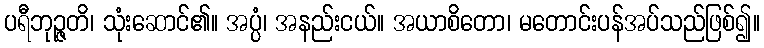
ပရီဘုဉ္ဇတိ၊ သုံးဆောင်၏။ အပ္ပံ၊ အနည်းငယ်။ အယာစိတော၊ မတောင်းပန်အပ်သည်ဖြစ်၍။